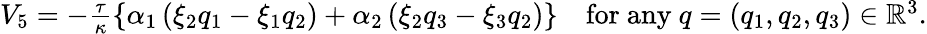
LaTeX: \begin{array}{r}{V_{5}=-\frac{\tau}{\kappa}\left\lbrace\alpha_{1}\left(\xi_{2}q_{1}-\xi_{1}q_{2}\right)+\alpha_{2}\left(\xi_{2}q_{3}-\xi_{3}q_{2}\right)\right\rbrace\quad\mathrm{for~any}~q=(q_{1},q_{2},q_{3})\in\mathbb{R}^{3}.}\end{array}